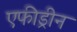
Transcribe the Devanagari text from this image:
एफीड्रीन